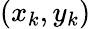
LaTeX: (x_{k},y_{k})